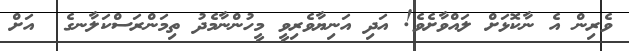
ވެރިން އެ ނާކޮޅަށް ލައްވާށެވެ! އަދި އަނިޔާވެރިވީ މީހުންނާމެދު ތިމަންރަސްކަލާނގެ  އަށް